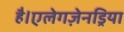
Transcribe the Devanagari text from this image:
है।एलेगज़ेनड्रिया